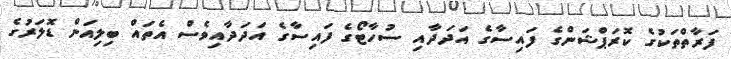
ފަރާތްތަކުގެ ކޮރަޕްޝަންގެ ފައިސާގެ އަދަދާއި ސުހާޓޯގެ ފައިސާގެ އަދަދާއިވެސް އެތައް ބިލިއަން ޑޮލަރުގެ